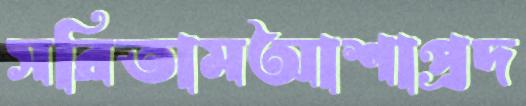
সরিতামআশাপ্রদ